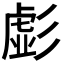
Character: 𭛚